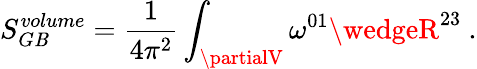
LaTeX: S_{G\mathit{B}}^{volume}={\frac{{1}}{{4\pi^{2}}}}\int_{\partialV}\omega^{01}\wedgeR^{23}\ .